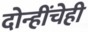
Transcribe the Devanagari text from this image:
दोन्हींचेही